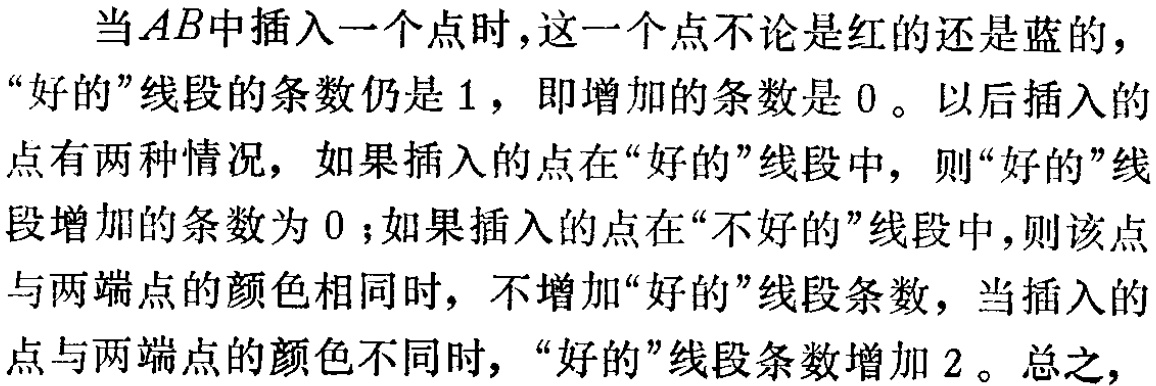
当\(AB\)中插入一个点时，这一个点不论是红的还是蓝的，“好的”线段的条数仍是\(1\)，即增加的条数是\(0\)。以后插入的点有两种情况，如果插入的点在“好的”线段中，则“好的”线段增加的条数为\(0\)；如果插入的点在“不好的”线段中，则该点与两端点的颜色相同时，不增加“好的”线段条数，当插入的点与两端点的颜色不同时，“好的”线段条数增加\(2\)。总之，